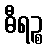
ဓီရဉ္စ